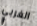
الغربي